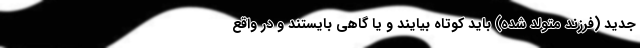
جدید (فرزند متولد شده) باید کوتاه بیایند و یا گاهی بایستند و در واقع